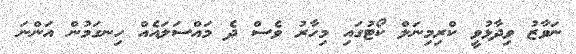
ނަވާޒު ވިދާޅުވީ ކްރިމިނަލް ކޯޓުގައި މިހާރު ވެސް ދެ މައްސަލައެއް ހިނގަމުން އަންނަ